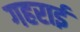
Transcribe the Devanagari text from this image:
गहरार्इ